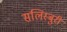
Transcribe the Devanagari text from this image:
सलिस्बुरी